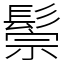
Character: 鬃